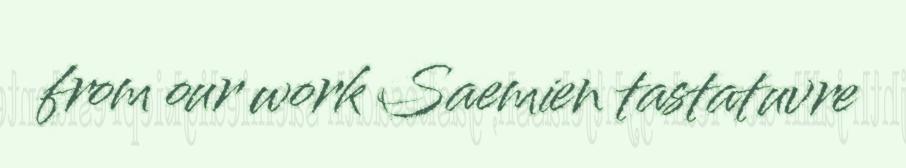
from our work Saemien tastatuvre